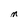
Character: n